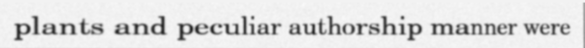
plants and peculiar authorship manner were